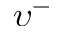
\upsilon ^ { - }